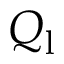
Q _ { \mathrm { l } }